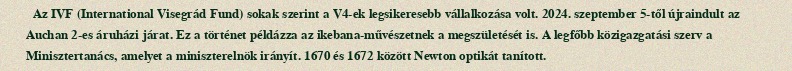
Az IVF (International Visegrád Fund) sokak szerint a V4-ek legsikeresebb vállalkozása volt. 2024. szeptember 5-től újraindult az Auchan 2-es áruházi járat. Ez a történet példázza az ikebana-művészetnek a megszületését is. A legfőbb közigazgatási szerv a Minisztertanács, amelyet a miniszterelnök irányít. 1670 és 1672 között Newton optikát tanított.